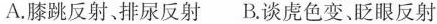
A.膝跳反射排尿反射 B.谈虏色变、眨眼反射